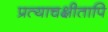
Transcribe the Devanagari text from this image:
प्रत्याचक्षीतापि